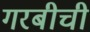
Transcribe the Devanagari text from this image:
गरबीची